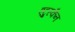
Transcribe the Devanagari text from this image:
एट्रुस्कैन